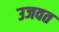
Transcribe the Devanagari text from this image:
उजवत